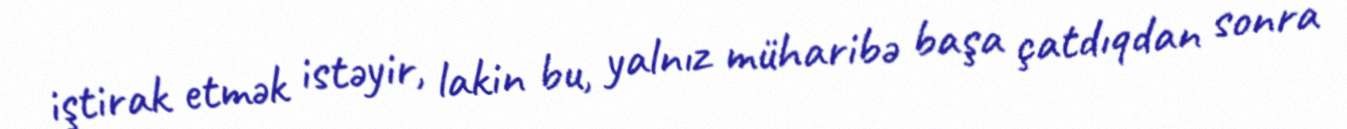
iştirak etmək istəyir, lakin bu, yalnız müharibə başa çatdıqdan sonra